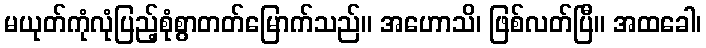
မယုတ်ကုံလုံပြည့်စုံစွာတတ်မြောက်သည်။ အဟောသိ၊ ဖြစ်လတ်ပြီ။ အထခေါ၊